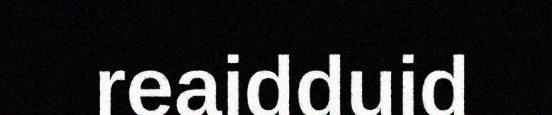
reaidduid